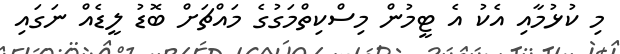
މި ކުޅުމާއި އެކު އެ ޓީމުން މިސްކިތްމަގުގެ މައްޗަށް ބޮޑު ލީޑެއް ނަގައި